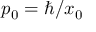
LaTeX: p _ { 0 } = \hbar / x _ { 0 }